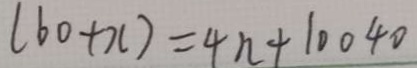
( 6 0 + x ) = 4 n + 1 0 0 4 0